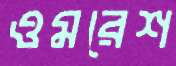
ওমরেশ